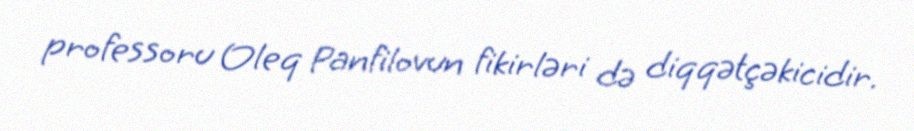
professoru Oleq Panfilovun fikirləri də diqqətçəkicidir.